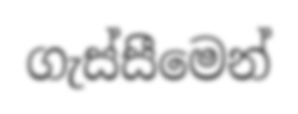
ගැස්සීමෙන්